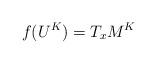
LaTeX: \begin{align*}f(U^K)=T_xM^K\end{align*}